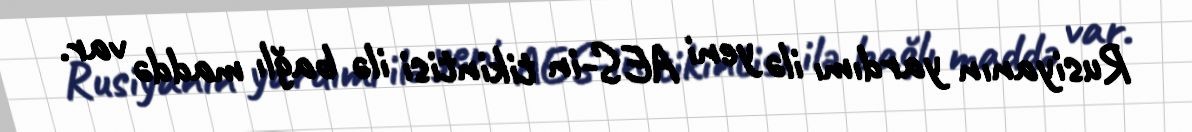
Rusiyanın yardımı ilə yeni AES-in tikintisi ilə bağlı maddə var.